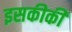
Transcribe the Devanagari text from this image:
इसकीकी